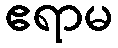
ဧရာမ